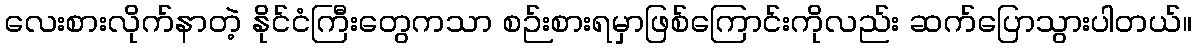
လေးစားလိုက်နာတဲ့ နိုင်ငံကြီးတွေကသာ စဉ်းစားရမှာဖြစ်ကြောင်းကိုလည်း ဆက်ပြောသွားပါတယ်။